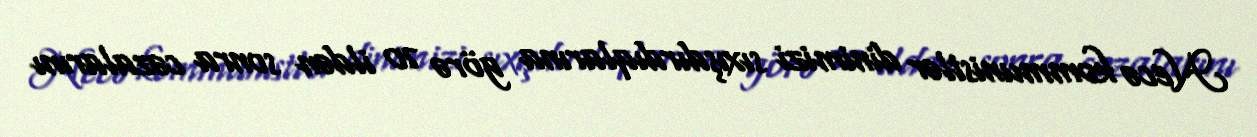
Necə kommunistlər dinimizi sıxışdırdıqlarına görə 70 ildən sonra cəzalarını